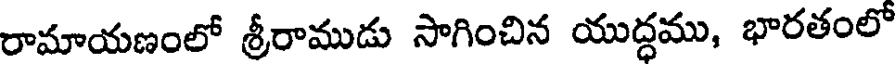
రామాయణంలో శ్రీరాముడు సాగించిన యుద్ధము, భారతంలో